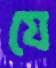
যে